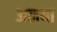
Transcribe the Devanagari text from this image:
अळया